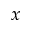
\boldsymbol { x }